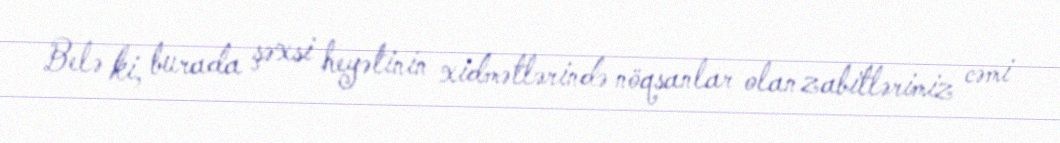
Belə ki, burada şəxsi heyətinin xidmətlərində nöqsanlar olan zabitlərimiz cəmi